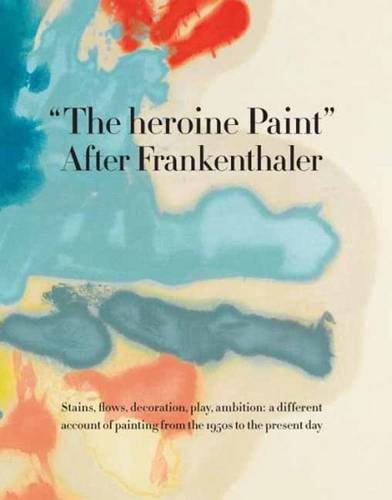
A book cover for The heroine Paint: After Frankenthaler; Arts & Photography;